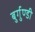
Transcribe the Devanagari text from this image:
बुर्गुण्डी